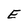
Character: E